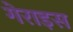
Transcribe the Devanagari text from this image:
गेराइस